NAE_ERA_R-2078_Sihtasutus_Eesti_Kontsert, lk 170
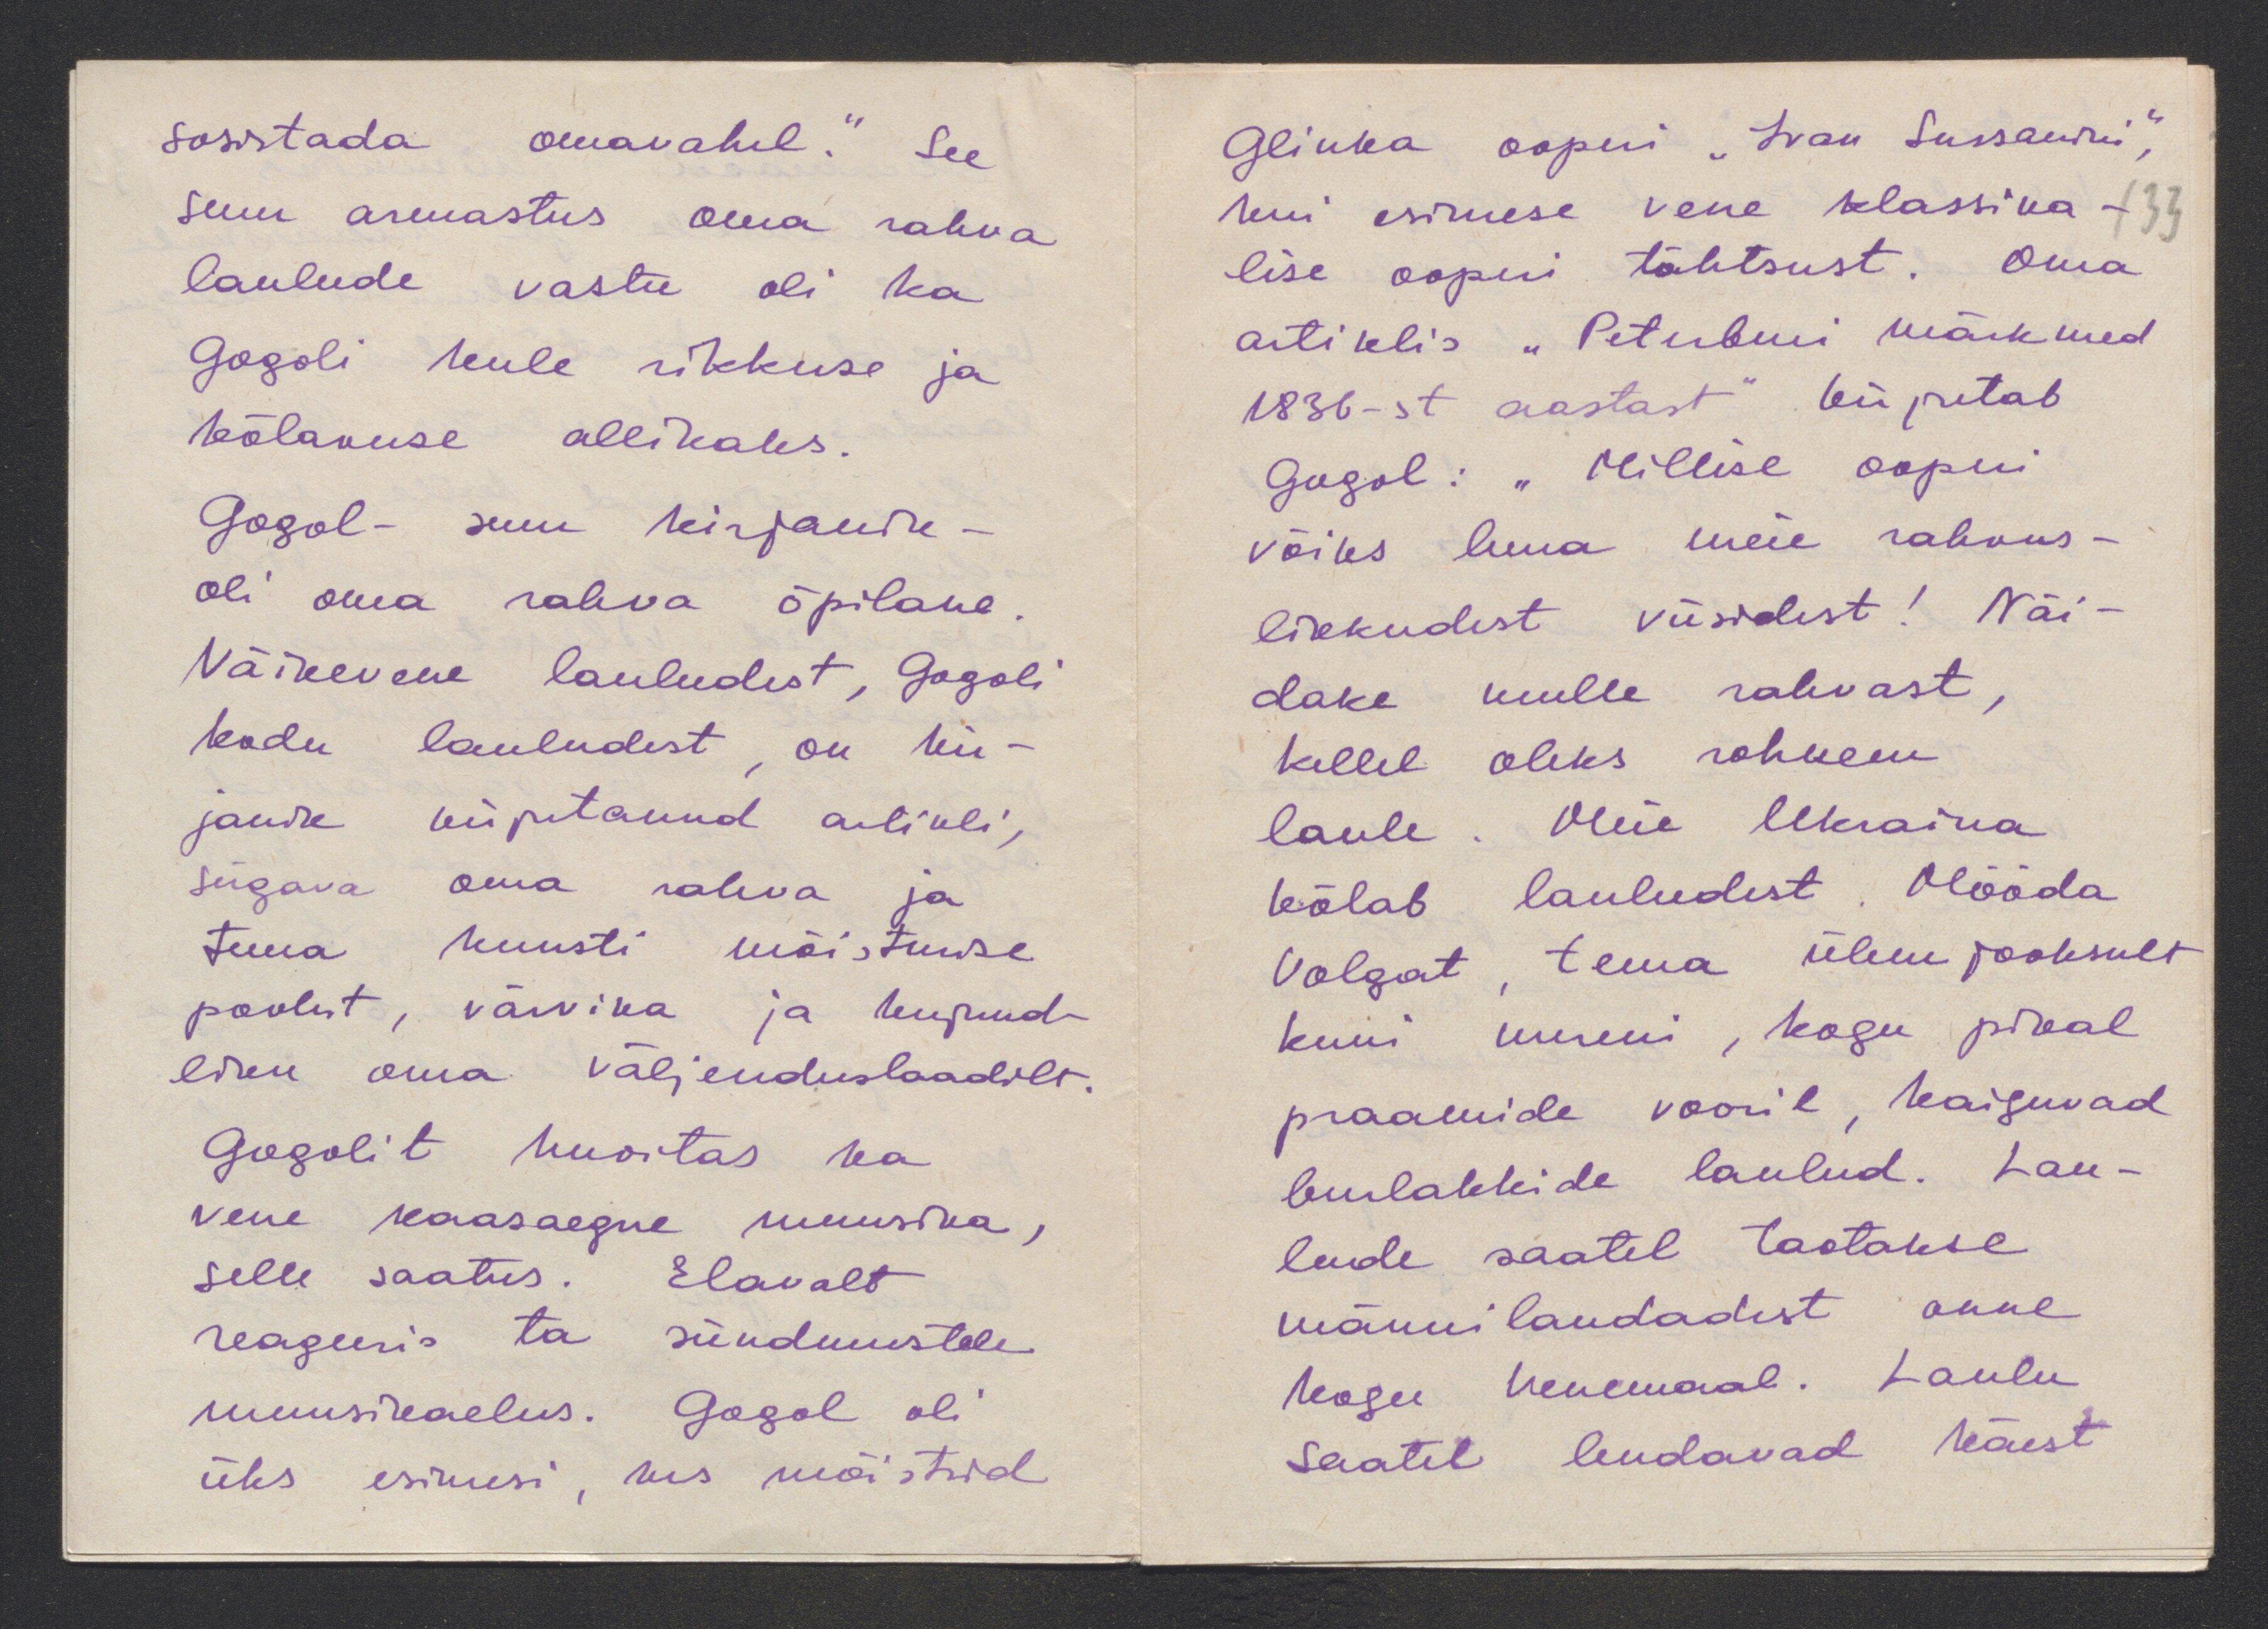
sosistada omavahel." See
suur armastus oma rahva
laulude vastu oli ka
Gogoli leule rikkuse ja
kõlavuse allikaks.
Gogol-suur kirjanik -
oli oma rahva õpilane .
Väikevene lauludest, Gogoli
kodu lauludest on ki-
janike kirjutanud artikli,
sügava oma rahva ja
tuua kunsti mõistmise
poolest, värvika ja kujund-
liku oma väljenduslaadilt.
Gogolit huvitas ka
vene kaasaegne muusika,
selle saatus. Elavalt
reageeris ta sündmustele.
muusikaelus. Gogol oli
üks esimesi, kes mõistsid

Glinka ooperi "Ivan Sussanin",
kui esimese vene klassika-
33
lise ooperi tähtsust. Oma
artiklis "Peterburi märkmed
1836-st aastast" kirjutabtab
Gogol: "Millise ooperi"
võiks luua meie rahvus-
likkudest viisidest! Näi-
dake mulle rahvast,
kellel oleks rohkem
laule. Meie Ukraina
kõlab lauludest. Mööda
Volgat tema ülem jooksult
kuni mereni, kogu pikal
praamide vooril, kaiguvad
burlakkide laulud. Lau-
lude saatel taotakse
männilaudadest anne
kogu Venemaal. Laulu
saatel lendavad käest